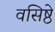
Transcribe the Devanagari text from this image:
वसिष्ठे